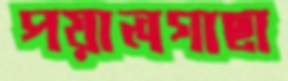
পয়ালগাছা